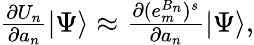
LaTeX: \begin{array}{r}{\frac{\partial U_{n}}{\partial a_{n}}|\Psi\rangle\approx\frac{\partial(e_{m}^{B_{n}})^{s}}{\partial a_{n}}|\Psi\rangle,}\end{array}